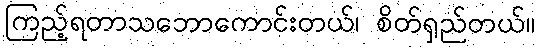
ကြည့်ရတာသဘောကောင်းတယ်၊ စိတ်ရှည်တယ်။